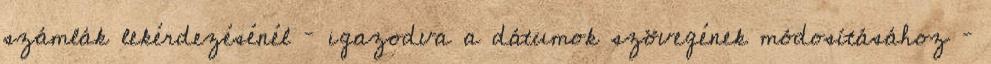
számlák lekérdezésénél – igazodva a dátumok szövegének módosításához –